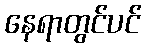
နေရာတွင်ပင်